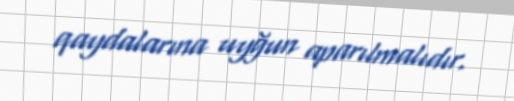
qaydalarına uyğun aparılmalıdır.